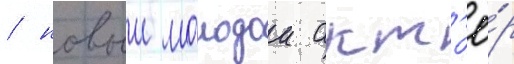
/ новыи молодои акт'ё́р